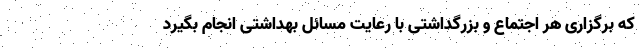
که برگزاری هر اجتماع و بزرگداشتی با رعایت مسائل بهداشتی انجام بگیرد